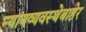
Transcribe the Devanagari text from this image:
न्यायव्यवस्थेबाहेर